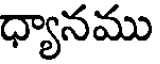
ధ్యానము